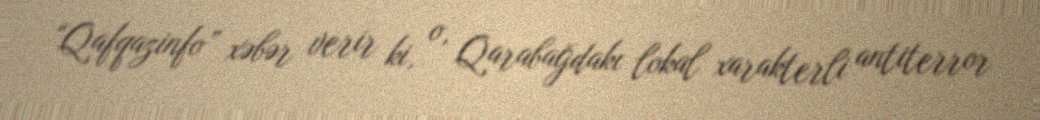
“Qafqazinfo” xəbər verir ki, o, Qarabağdakı lokal xarakterli antiterror